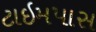
ટાઇમપાસ